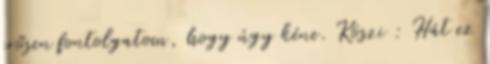
erősen fontolgatom, hogy úgy kéne. Köszi : Hát ez